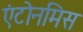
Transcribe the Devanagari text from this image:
एंटोनमिस